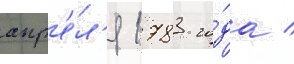
апр'е́л'я 1783 го́да /